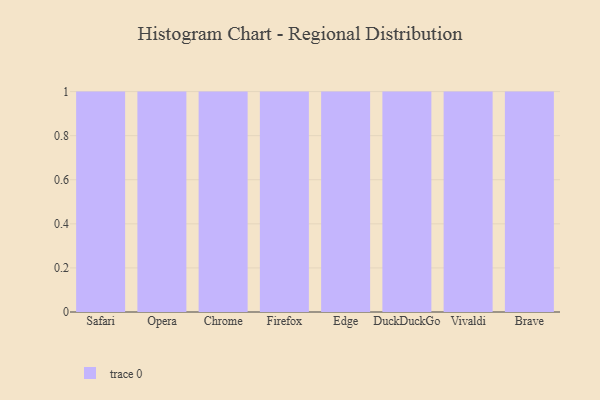
{"axis": {"x": "Browser", "y": "Net Income (USD K)"}, "legend": [""], "data": [{"x": "Safari", "y": 34, "type": ""}, {"x": "Opera", "y": 23, "type": ""}, {"x": "Chrome", "y": 19, "type": ""}, {"x": "Firefox", "y": 99, "type": ""}, {"x": "Edge", "y": 4, "type": ""}, {"x": "DuckDuckGo", "y": 91, "type": ""}, {"x": "Vivaldi", "y": 81, "type": ""}, {"x": "Brave", "y": 37, "type": ""}]}